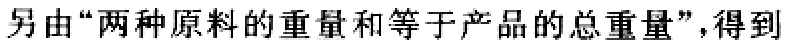
另由“两种原料的重量和等于产品的总重量”，得到